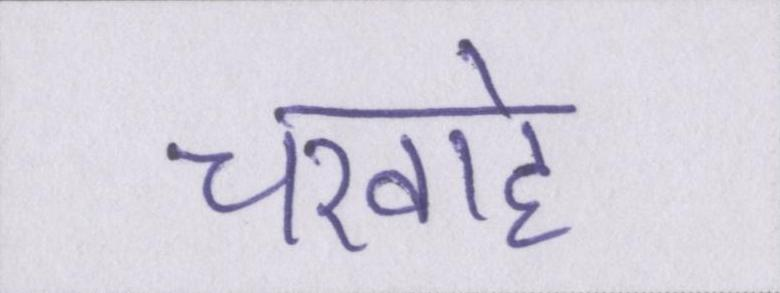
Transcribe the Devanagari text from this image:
चरवाहे